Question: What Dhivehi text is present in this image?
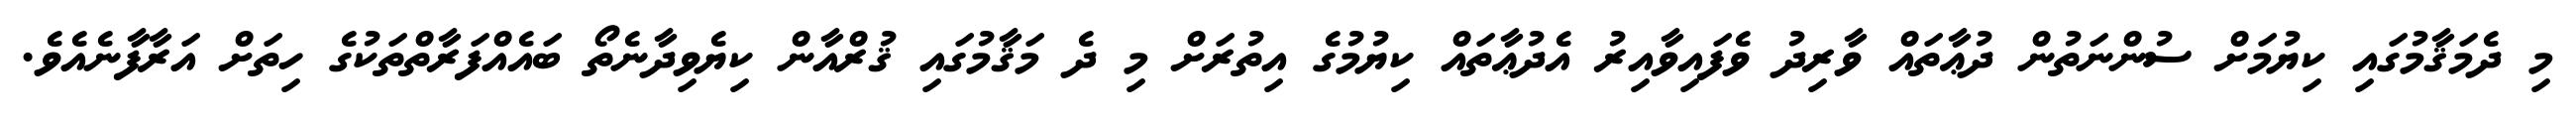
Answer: މި ދެމަޤާމުގައި ކިޔުމަށް ސުންނަތުން ދުޢާތައް ވާރިދު ވެފައިވާއިރު އެދުޢާތައް ކިޔުމުގެ އިތުރަށް މި ދެ މަޤާމުގައި ޤުރްއާން ކިޔެވިދާނެތޯ ބައެއްފަރާތްތަކުގެ ހިތަށް އަރާފާނެއެވެ.